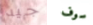
جيد سوف